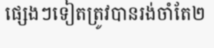
ផ្សេងៗទៀតត្រូវបានរង់ចាំតែ២